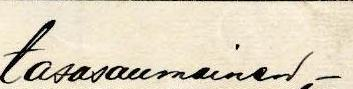
tasasaumainen-